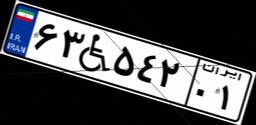
۸۴W۱۳۹۱۱